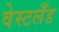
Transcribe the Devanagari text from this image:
वेस्टलँड